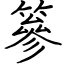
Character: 篸